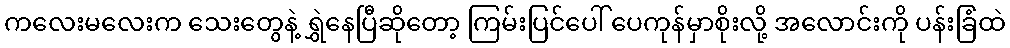
ကလေးမလေးက သေးတွေနဲ့ ရွှဲနေပြီဆိုတော့ ကြမ်းပြင်ပေါ် ပေကုန်မှာစိုးလို့ အလောင်းကို ပန်းခြံထဲ